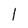
Character: l